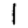
Digit: 1